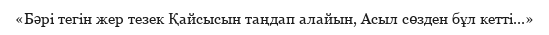
«Бәрі тегін жер тезек Қайсысын таңдап алайын, Асыл сөзден бұл кетті...»